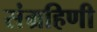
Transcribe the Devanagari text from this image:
संग्रहिणी